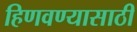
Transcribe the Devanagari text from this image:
हिणवण्यासाठी